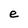
Character: e